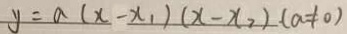
y = a ( x - x _ { 1 } ) ( x - x _ { 2 } ) ( a \neq 0 )